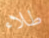
طلاء